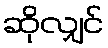
ဆိုလျှင်